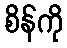
စိန်ကို